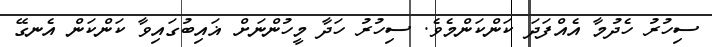
ސިހުރު ހެދުމާ އެއްފަދަ ކަންކަންމެވެ. ސިހުރު ހަދާ މީހުންނަށް ޣައިބުގައިވާ ކަންކަން އެނގޭ